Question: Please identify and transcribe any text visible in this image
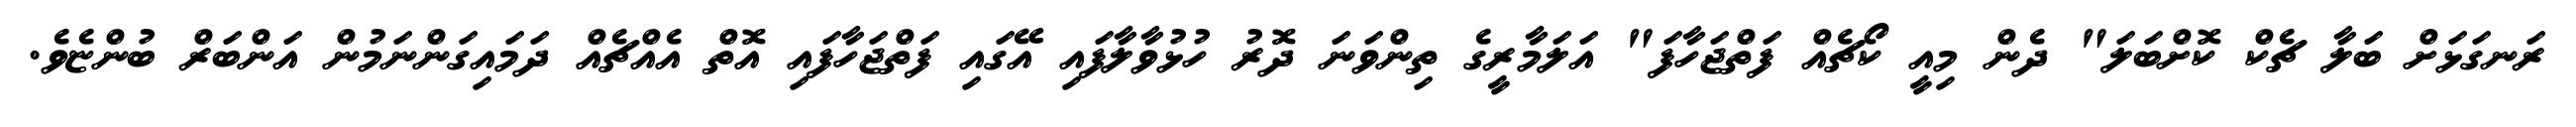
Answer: ރަނގަޅަށް ބަލާ ޗެކް ކޮށްބަލަ" ދެން މިއީ ކޯޗެއް ފަތްޖަހާފަ" އަލަމާރީގެ ތިންވަނަ ދޮރު ހުޅުވާލާފައި އޭގައި ފަތްޖަހާފައި އޮތް އެއްޗެއް ދަމައިގަންނަމުން އަންބަރް ބުންޏެވެ.